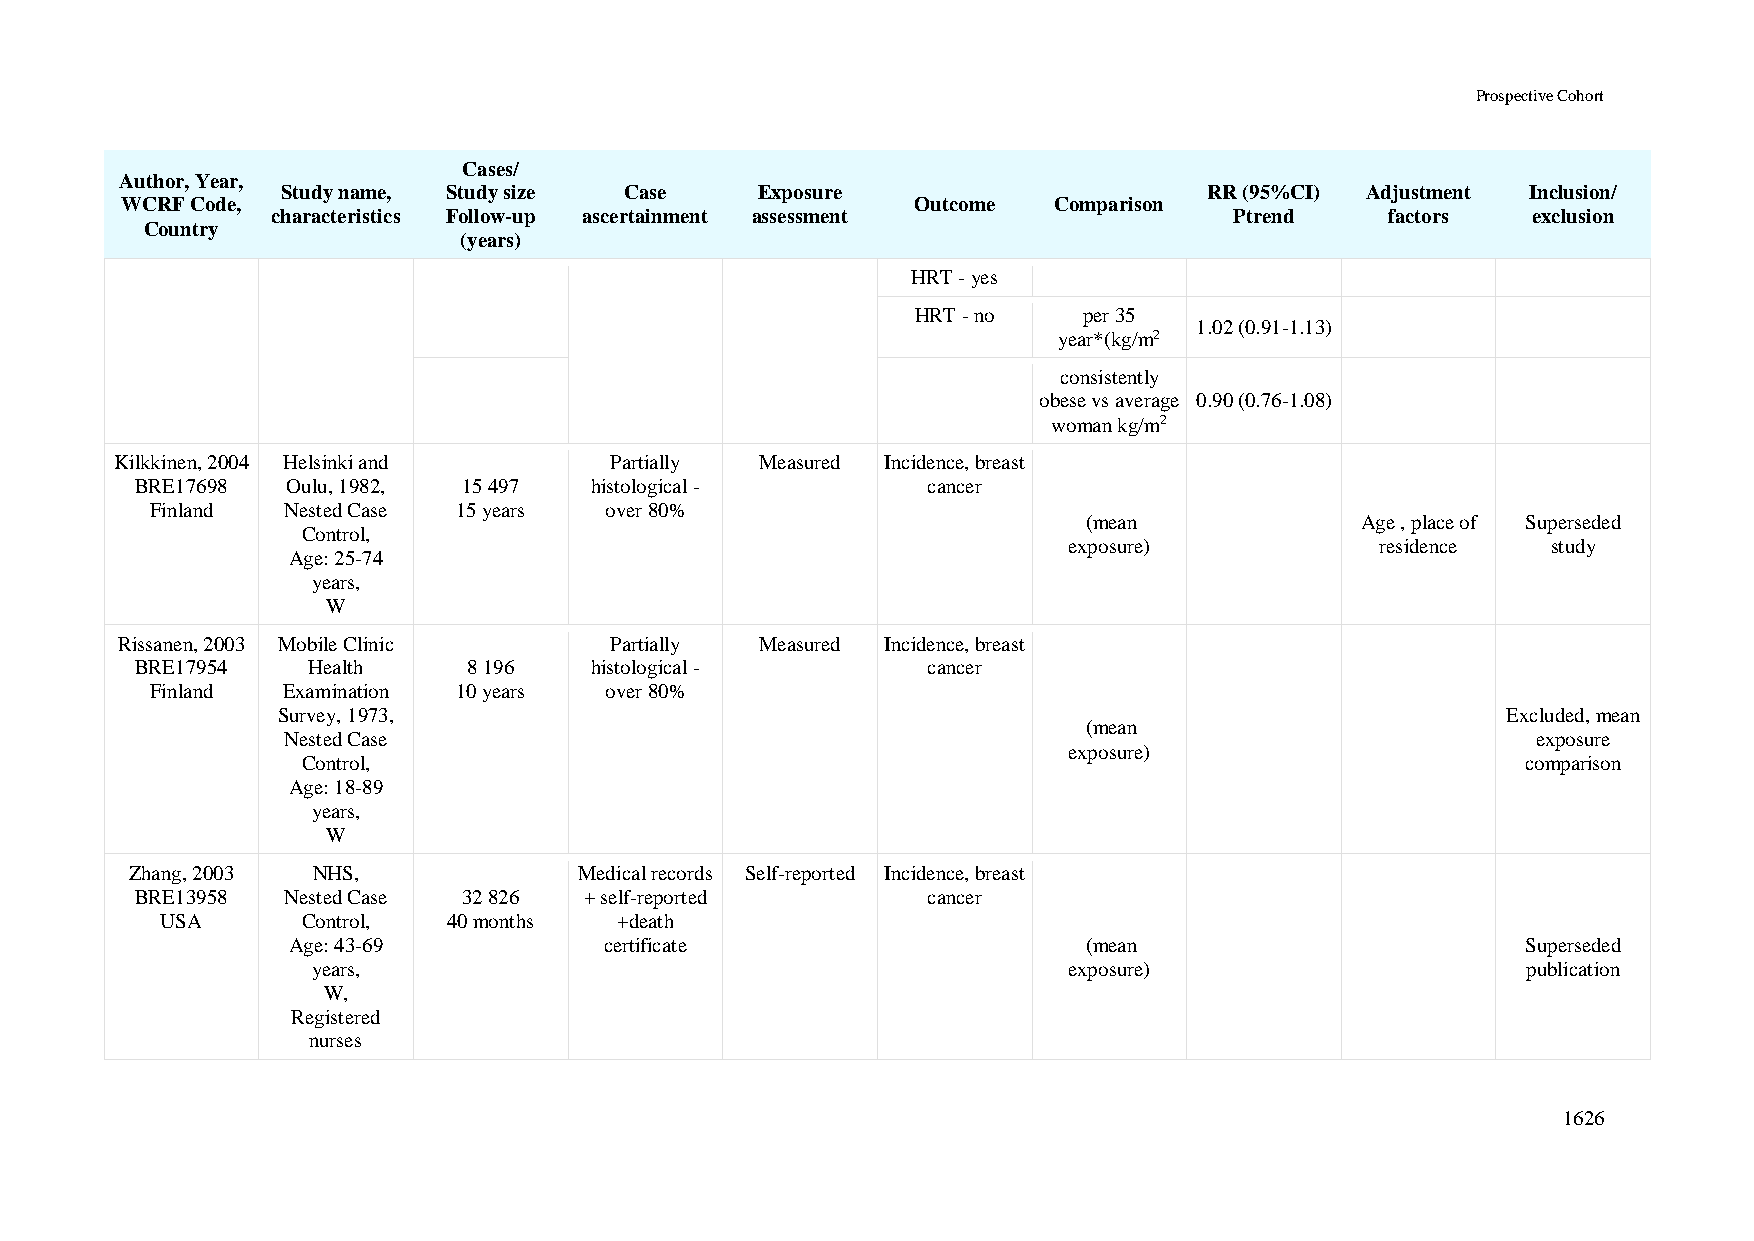
Prospective Cohort
 Cases/
 Author, Year,
 Study name, Study size Case    Exposure                      RR (95%CI) Adjustment Inclusion/
 WCRF Code,                                           Outcome  Comparison
 characteristics Follow-up ascertainment assessment              Ptrend    factors  exclusion
 Country
 (years)
 HRT - yes
 HRT - no   per 35
 1.02 (0.91-1.13)
 year*(kg/m2
 consistently
 obese vs average 0.90 (0.76-1.08)
 woman kg/m2
 Kilkkinen, 2004 Helsinki and    Partially Measured Incidence, breast
 BRE17698  Oulu, 1982, 15 497  histological -        cancer
 Finland  Nested Case 15 years over 80%
 (mean             Age , place of Superseded
 Control,
 exposure)           residence   study
 Age: 25-74
 years,
 W
 Rissanen, 2003 Mobile Clinic    Partially Measured Incidence, breast
 BRE17954   Health     8 196   histological -        cancer
 Finland  Examination 10 years over 80%
 Survey, 1973,                                                                     Excluded, mean
 (mean
 Nested Case                                                                        exposure
 exposure)
 Control,                                                                         comparison
 Age: 18-89
 years,
 W
 Zhang, 2003 NHS,             Medical records Self-reported Incidence, breast
 BRE13958  Nested Case 32 826  + self-reported       cancer
 USA      Control,  40 months  +death
 Age: 43-69           certificate                     (mean                        Superseded
 years,                                            exposure)                     publication
 W,
 Registered
 nurses
 1626